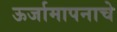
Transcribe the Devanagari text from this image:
ऊर्जामापनाचे